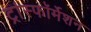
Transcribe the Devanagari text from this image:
ट्रांस्फॉर्मेशन